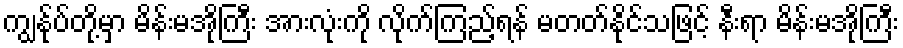
ကျွန်ုပ်တို့မှာ မိန်းမအိုကြီး အားလုံးကို လိုက်ကြည့်ရန် မတတ်နိုင်သဖြင့် နီးရာ မိန်းမအိုကြီး